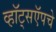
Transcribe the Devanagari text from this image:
व्हॉट्सऍपचे